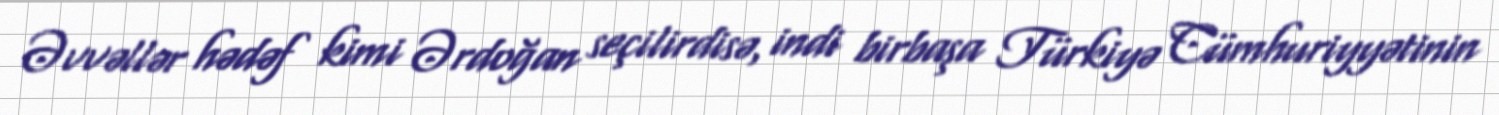
Əvvəllər hədəf kimi Ərdoğan seçilirdisə, indi birbaşa Türkiyə Cümhuriyyətinin